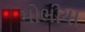
મોભીયા